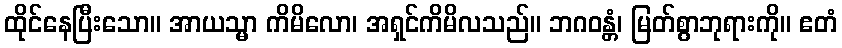
ထိုင်နေပြီးသော။ အာယသ္မာ ကိမိလော၊ အရှင်ကိမိလသည်။ ဘဂဝန္တံ၊ မြတ်စွာဘုရားကို။ ဧတံ